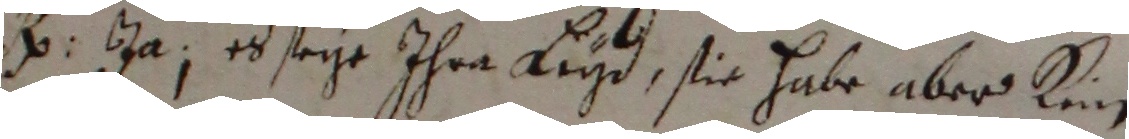
H. ja es sege ihre Leyd, sie habe aber kin